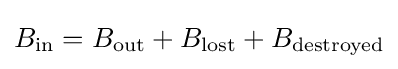
B_{\text{in}}=B_{\text{out}}+B_{\text{lost}}+B_{\text{destroyed}}